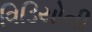
વિડિયોની